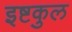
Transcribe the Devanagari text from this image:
इष्टकुल